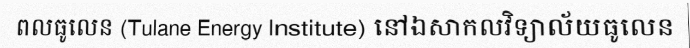
ពលធូលេន (Tulane Energy Institute) នៅឯសាកលវិទ្យាល័យធូលេន